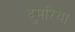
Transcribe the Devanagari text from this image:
दुमरिया